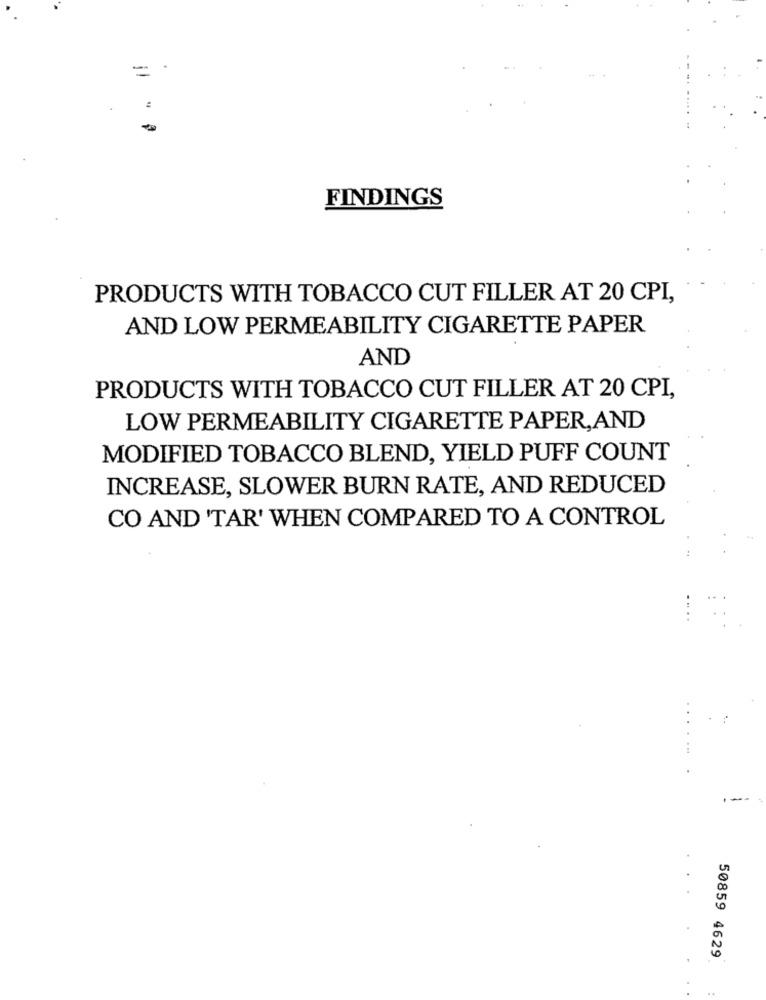
= =
FINDINGS
PRODUCTS WITH TOBACCO CUT FILLER AT 20 CPI,
AND LOW PERMEABILITY CIGARETTE PAPER
AND
PRODUCTS WITH TOBACCO CUT FILLER AT 20 CPI,
LOW PERMEABILITY CIGARETTE PAPER,AND
MODIFIED TOBACCO BLEND, YIELD PUFF COUNT
INCREASE, SLOWER BURN RATE, AND REDUCED
CO AND 'TAR' WHEN COMPARED TO A CONTROL
50859 4629